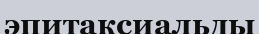
эпитаксиальды